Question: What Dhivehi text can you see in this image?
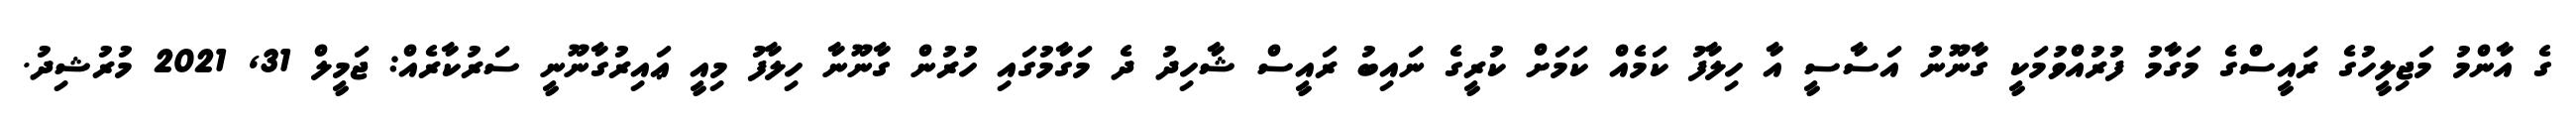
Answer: ގެ އާންމު މަޖިލީހުގެ ރައީސްގެ މަގާމު ފުރުއްވުމަކީ ގާނޫނު އަސާސީ އާ ހިލާފު ކަމެއް ކަމަށް ކުރީގެ ނައިބު ރައީސް ޝާހިދު ދެ މަގާމުގައި ހުރުން ގާނޫނާ ހިލާފު މިއީ ޢައިރުގާނޫނީ ސަރުކާރެއް: ޖަމީލް 31, 2021 މުރުޝިދު.